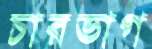
চারভাগ